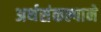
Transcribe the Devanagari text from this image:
अर्थसंकल्पाने